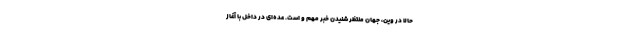
حالا در وین، جهان منتظر شنیدن خبر مهم و است. عده‌ای در داخل با آغاز